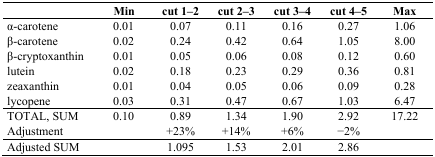
|  | Min | cut 1-2 | cut 2-3 | cut 3-4 | cut 4-5 | Max |
 | --- | --- | --- | --- | --- | --- | --- |
 | α-carotene | 0.01 | 0.07 | 0.11 | 0.16 | 0.27 | 1.06 |
 | β-carotene | 0.02 | 0.24 | 0.42 | 0.64 | 1.05 | 8.00 |
 | β-cryptoxanthin | 0.01 | 0.05 | 0.06 | 0.08 | 0.12 | 0.60 |
 | lutein | 0.02 | 0.18 | 0.23 | 0.29 | 0.36 | 0.81 |
 | zeaxanthin | 0.01 | 0.04 | 0.05 | 0.06 | 0.09 | 0.28 |
 | lycopene | 0.03 | 0.31 | 0.47 | 0.67 | 1.03 | 6.47 |
 | TOTAL, SUM | 0.10 | 0.89 | 1.34 | 1.90 | 2.92 | 17.22 |
 | Adjustment |  | +23% | +14% | +6% | −2% |  |
 | Adjusted SUM |  | 1.095 | 1.53 | 2.01 | 2.86 |  |